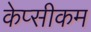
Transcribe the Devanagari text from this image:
केप्सीकम